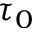
\tau _ { 0 }